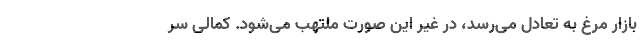
بازار مرغ به تعادل می‌رسد، در غیر این صورت ملتهب می‌شود. کمالی سر